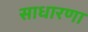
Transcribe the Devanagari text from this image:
साधारणा